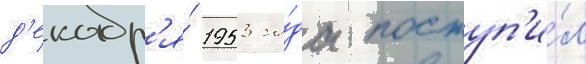
д'екабр'я́ 1953 го́да поступ'и́л